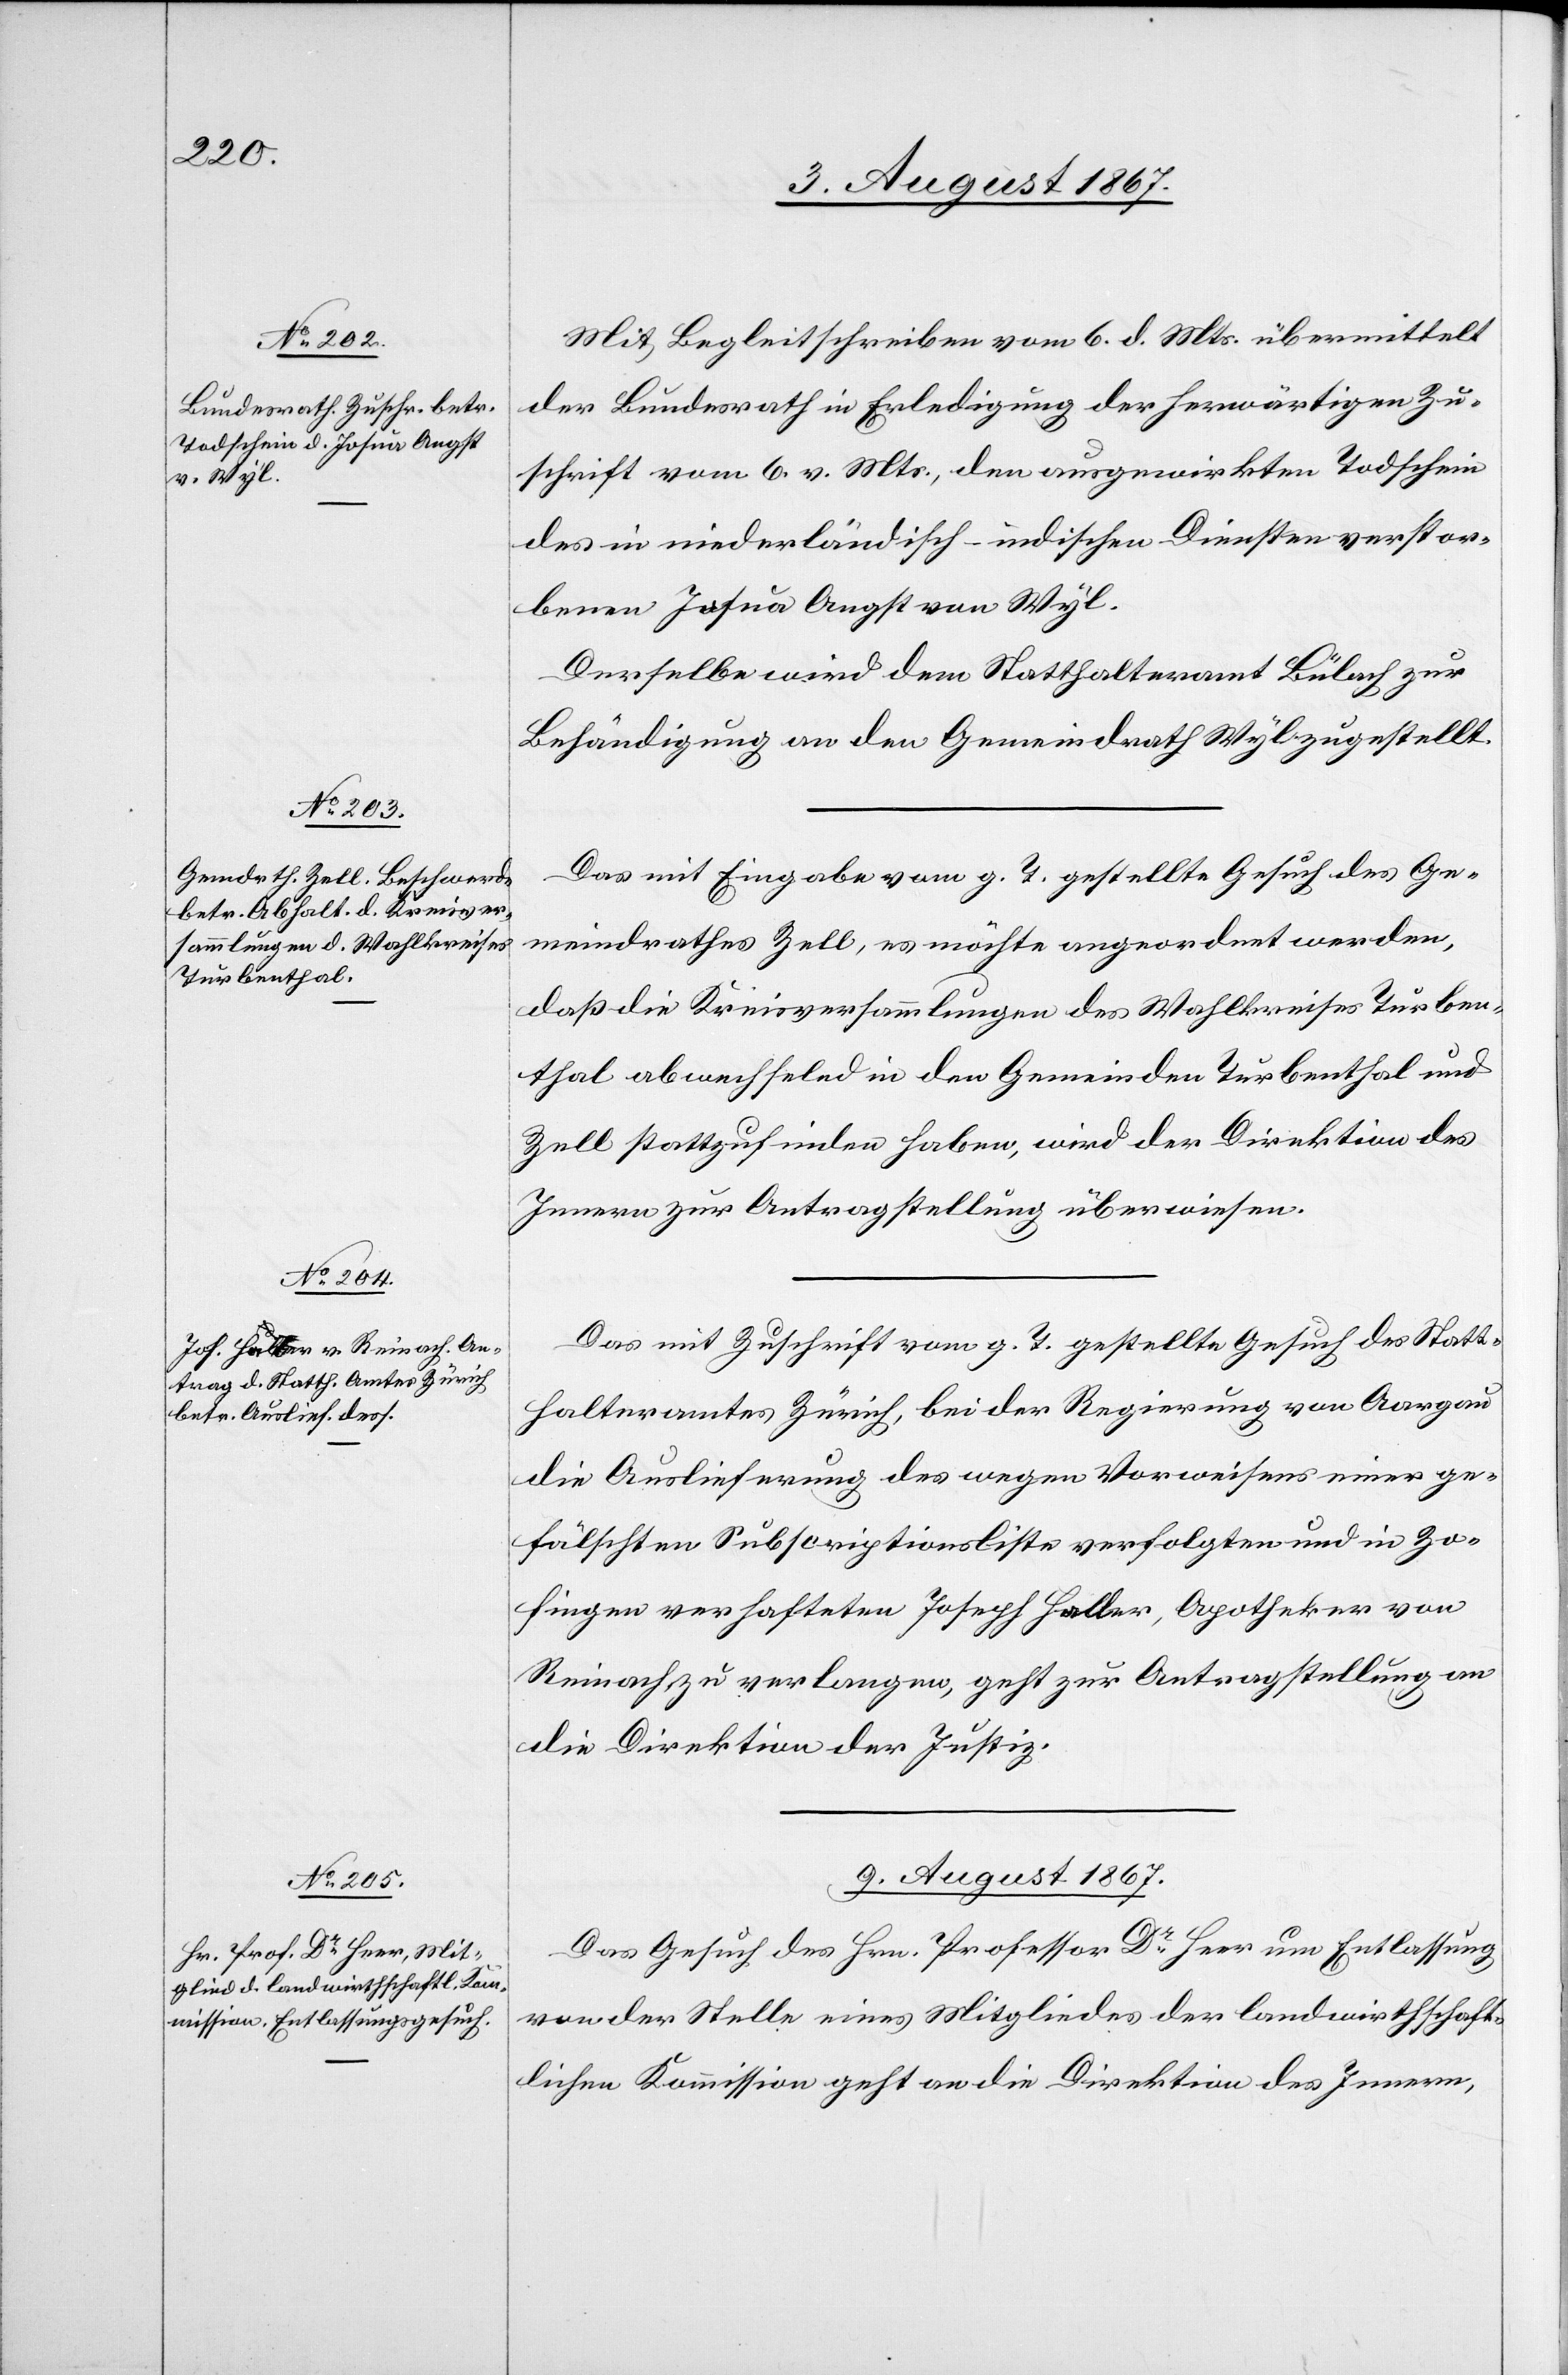
8. August 1867.]
Mit Begleitschreiben vom 6. d. Mts. übermittelt
der Bundesrath in Erledigung der herwärtigen Zu¬
schrift vom 6. v. Mts., den ausgewirkten Todschein
des in niederländisch-indischen Diensten verstor¬
benen Josua Angst von Wyl.
Das mit Eingabe vom g. T. gestellte Gesuch des Ge¬
meindrathes Zell, es möchte angeordnet werden,
daß die Kreisversammlungen des Wahlkreises Turben¬
thal abwechselnd in den Gemeinden Turbenthal und
Zell stattzufinden haben, wird der Direktion des
Innern zur Antragstellung überwiesen.
Das mit Zuschrift vom g. T. gestellte Gesuch des Statt¬
halteramtes Zürich, bei der Regierung von Aargau
die Auslieferung des wegen Vorweisens einer ge¬
fälschten Subscriptionsliste verfolgten und in Zo¬
fingen verhafteten Joseph Haller, Apotheker von
Reinach zu verlangen, geht zur Antragstellung an
die Direktion der Justiz.
9. August 1867.
Das Gesuch des Hrn. Professor Dr. Heer um Entlassung
von der Stelle eines Mitgliedes der landwirthschaft¬
lichen Kommission geht an die Direktion des Innern,